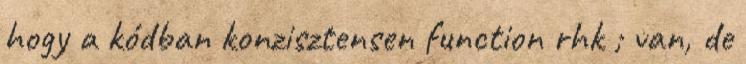
hogy a kódban konzisztensen function rhk ; van, de